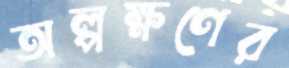
অল্পক্ষণের